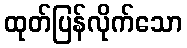
ထုတ်ပြန်လိုက်သော